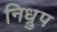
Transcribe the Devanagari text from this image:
निध्रुप